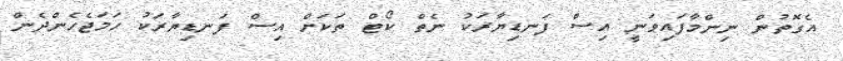
އެގޮތުން ނިންމާފައިވަނީ އިސް ފަނޑިޔާރަކު ނެތް ކޯޓް ތަކަށް އިސް ފަނޑިޔާރަކު ހަމަޖެހެންދެން